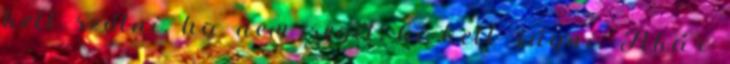
kell szólni, ha nem segít, ki kell rúgni. Akár